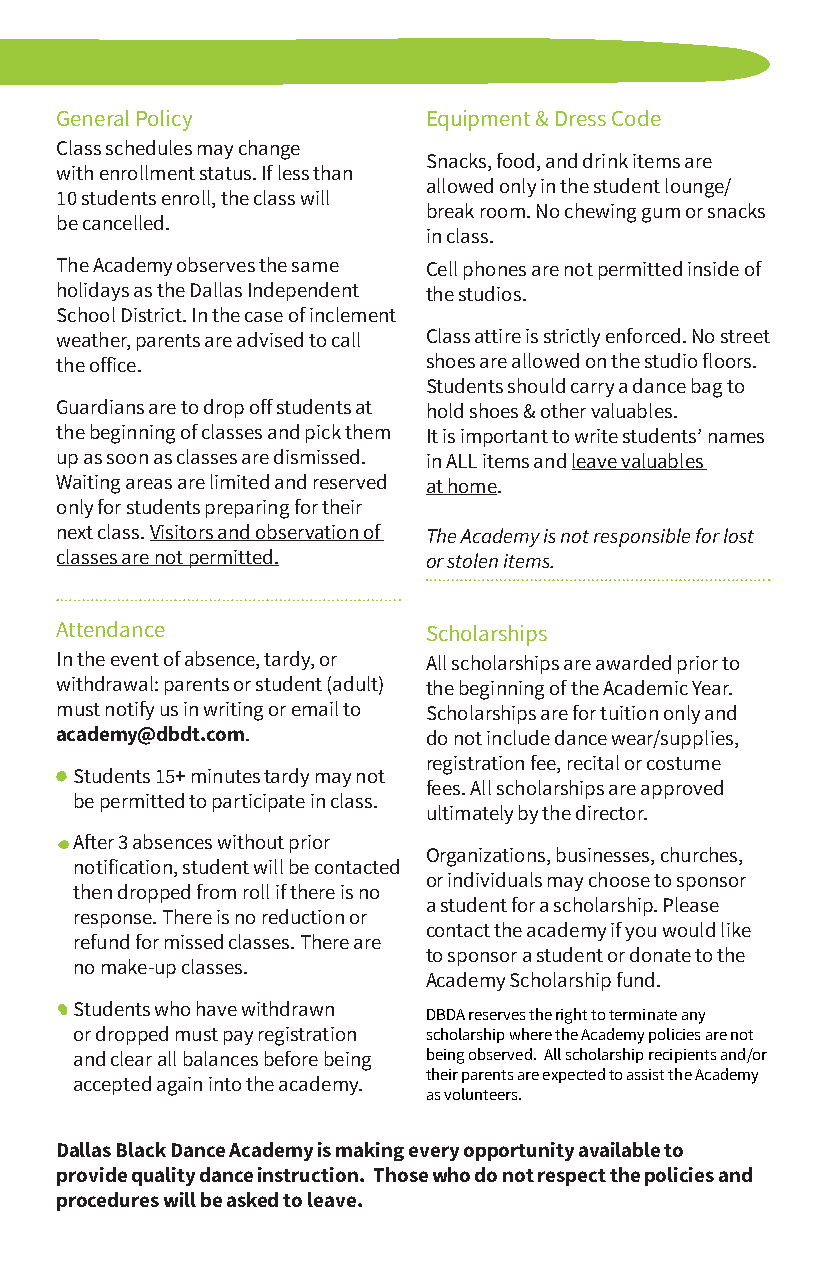
General Policy          Equipment & Dress Code
 Class schedules may change
 Snacks, food, and drink items are
 with enrollment status. If less than
 allowed only in the student lounge/
 10 students enroll, the class will
 break room. No chewing gum or snacks
 be cancelled.
 in class.
 The Academy observes the same Cell phones are not permitted inside of
 holidays as the Dallas Independent the studios.
 School District. In the case of inclement
 weather, parents are advised to call Class attire is strictly enforced. No street
 the office.             shoes are allowed on the studio floors.
 Students should carry a dance bag to
 Guardians are to drop off students at hold shoes & other valuables.
 the beginning of classes and pick them It is important to write students’ names
 up as soon as classes are dismissed. in ALL items and leave valuables
 Waiting areas are limited and reserved at home.
 only for students preparing for their
 next class. Visitors and observation of The Academy is not responsible for lost
 classes are not permitted. or stolen items.
 Attendance              Scholarships
 In the event of absence, tardy, or All scholarships are awarded prior to
 withdrawal: parents or student (adult) the beginning of the Academic Year.
 must notify us in writing or email to Scholarships are for tuition only and
 academy@dbdt.com.       do not include dance wear/supplies,
 registration fee, recital or costume
 Students 15+ minutes tardy may not
 fees. All scholarships are approved
 be permitted to participate in class.
 ultimately by the director.
 After 3 absences without prior
 Organizations, businesses, churches,
 notification, student will be contacted
 or individuals may choose to sponsor
 then dropped from roll if there is no
 a student for a scholarship. Please
 response. There is no reduction or
 contact the academy if you would like
 refund for missed classes. There are
 to sponsor a student or donate to the
 no make-up classes.
 Academy Scholarship fund.
 Students who have withdrawn
 DBDA reserves the right to terminate any
 or dropped must pay registration scholarship where the Academy policies are not
 and clear all balances before being being observed. All scholarship recipients and/or
 their parents are expected to assist the Academy
 accepted again into the academy.
 as volunteers.
 Dallas Black Dance Academy is making every opportunity available to
 provide quality dance instruction. Those who do not respect the policies and
 procedures will be asked to leave.